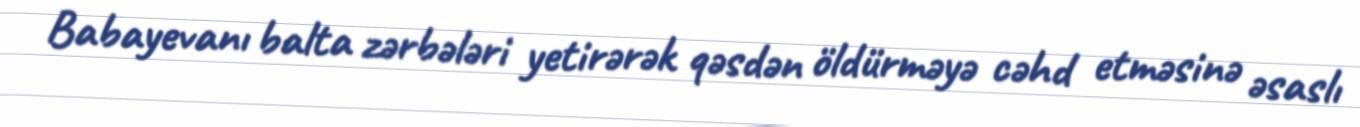
Babayevanı balta zərbələri yetirərək qəsdən öldürməyə cəhd etməsinə əsaslı